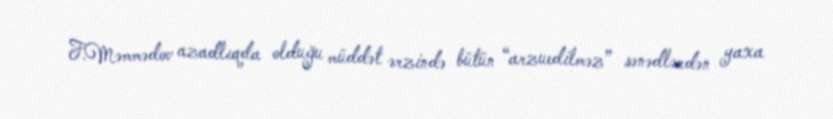
F.Məmmədov azadlıqda olduğu müddət ərzində bütün “arzuedilməz” sənədlərdən yaxa